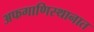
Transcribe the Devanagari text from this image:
अफगाणिस्थानात